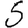
Digit: 5